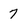
Character: 7